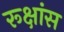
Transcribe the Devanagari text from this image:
रूक्षांस